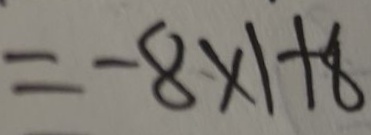
= - 8 \times 1 + 8